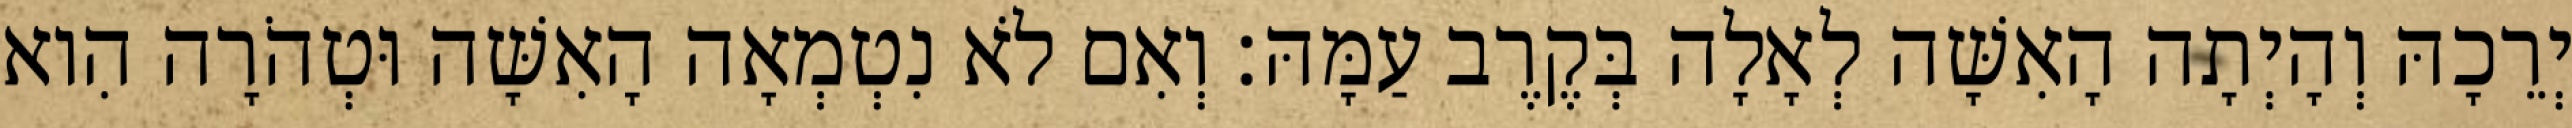
יְרֵכָהּ וְהָיְתָה הָאִשָּׁה לְאָלָה בְּקֶרֶב עַמָּהּ׃ וְאִם לֹא נִטְמְאָה הָאִשָּׁה וּטְהֹרָה הִוא